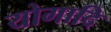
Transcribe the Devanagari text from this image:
योगादि